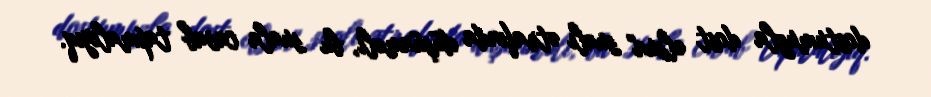
dostumuzla dost olsun" sualı ətrafında düşünməli, bu suala cavab tapmalıyıq.